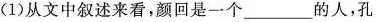
(1)从文中叙述来看，颜回是一个___的人，孔